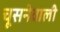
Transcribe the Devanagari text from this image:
चूसनेवाली